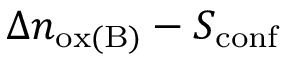
\Delta n _ { \mathrm { o x ( B ) } } - S _ { \mathrm { c o n f } }